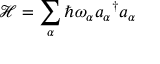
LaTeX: { \mathcal { H } } = \sum _ { \alpha } \hbar \omega _ { \alpha } { a _ { \alpha } } ^ { \dagger } a _ { \alpha }